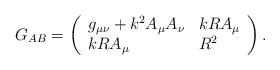
LaTeX: \begin{align*}G_{AB} = \left( \begin{array}{ll} g_{\mu \nu} + k^2 A_\mu A_\nu & k R A_\mu \\ k R A_\mu & R^2 \\ \end{array} \right) .\end{align*}